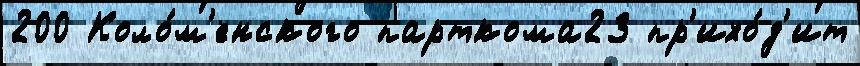
200 Коло́м'енского парткома23 пр'ихо́д'ит